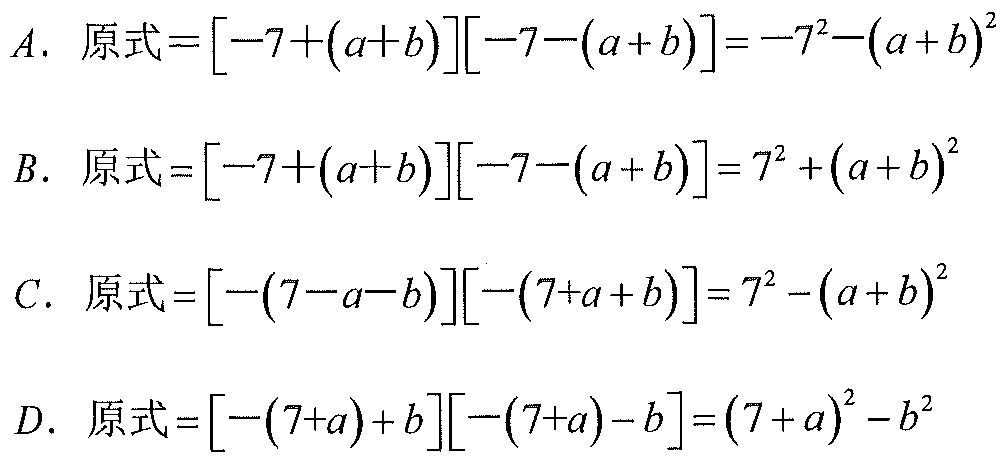
A. 原式$=[-7+(a + b)][-7-(a + b)]=-7^{2}-(a + b)^{2}$
B. 原式$=[-7+(a + b)][-7-(a + b)]=7^{2}+(a + b)^{2}$
C. 原式$=[-(7 - a - b)][-(7 + a + b)]=7^{2}-(a + b)^{2}$
D. 原式$=[-(7 + a)+b][-(7 + a)-b]=(7 + a)^{2}-b^{2}$